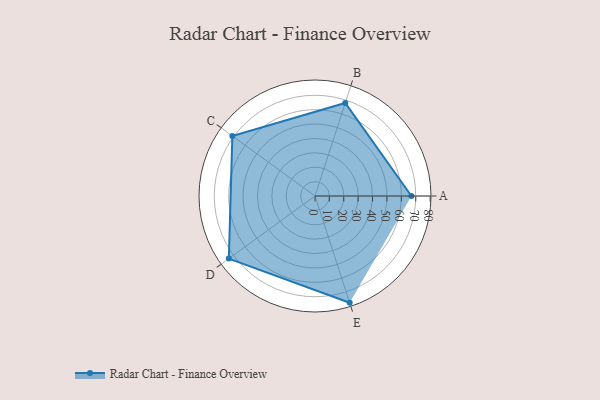
{"axis": {"x": "Skill", "y": "Score"}, "legend": ["Profile"], "data": [{"x": "A", "y": 67.0, "type": "Profile"}, {"x": "B", "y": 68.0, "type": "Profile"}, {"x": "C", "y": 71.0, "type": "Profile"}, {"x": "D", "y": 74.0, "type": "Profile"}, {"x": "E", "y": 78.0, "type": "Profile"}]}